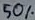
Text: 50%